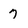
Character: 7